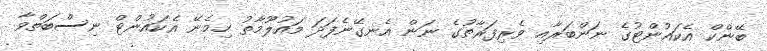
ބޭންކް އެކައުންޓުގެ ނަންބަރާއި ވެރިފަރާތުގެ ނަން އެނގޭނެފަދަ މައުލޫމާތު ހިމެނޭ އެކައުންޓް ނިސްބަތްވާ